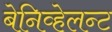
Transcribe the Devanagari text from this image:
बेनिव्हेलन्ट